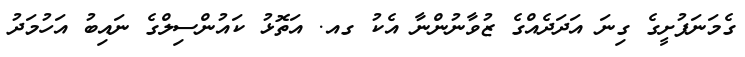
ގެމަނަފުށީގެ ގިނަ އަދަދެއްގެ ޒުވާނުންނާ އެކު ގއ. އަތޮޅު ކައުންސިލްގެ ނައިބު އަހުމަދު